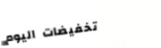
تخفيضات اليوم